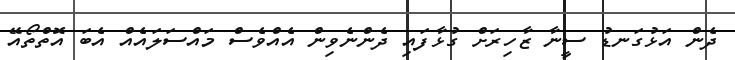
ދެން އަޅުގަނޑު ސީނާ ޒާހިރަށް ގުޅާފައި ދެންނެވިން އެއްވެސް މައްސަލައެއް އެބަ އޮތްތޯއޭ